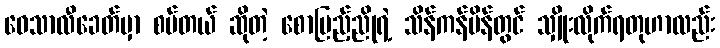
ဝေသာလီခေတ်မှာ စပ်တယ် ဆိုတဲ့ စောပြည့်ညိုရဲ့ သိန်ကန်မိန်တွင် သျှိုးလိုက်ရတုဟာလည်း